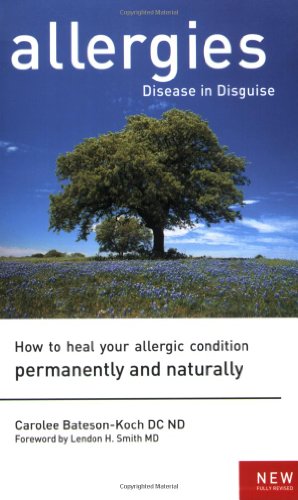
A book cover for Allergies: Disease in Disguise : How to Heal Your Allergic Condition Permanently and Naturally; Carolee Bateson-Koch; Health, Fitness & Dieting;